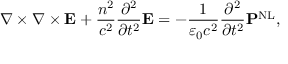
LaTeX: \nabla \times \nabla \times \mathbf { E } + { \frac { n ^ { 2 } } { c ^ { 2 } } } { \frac { \partial ^ { 2 } } { \partial t ^ { 2 } } } \mathbf { E } = - { \frac { 1 } { \varepsilon _ { 0 } c ^ { 2 } } } { \frac { \partial ^ { 2 } } { \partial t ^ { 2 } } } \mathbf { P } ^ { \mathrm { N L } } ,